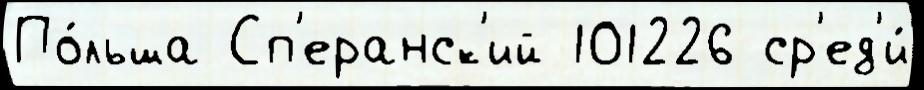
По́льша Сп'еранск'ий 101226 ср'ед'и́